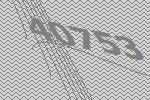
40753